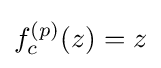
f_{c}^{(p)}(z)=z